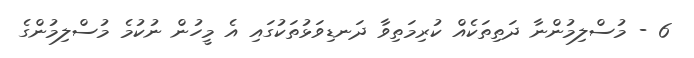
6 - މުސްލިމުންނާ ދަތިތަކެއް ކުރިމަތިވާ ދަނޑިވަޅުތަކުގައި އެ މީހުން ނުކުމެ މުސްލިމުންގެ